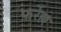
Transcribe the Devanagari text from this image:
फर्रेल्ल